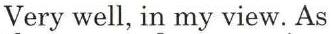
Very well, in my view. As